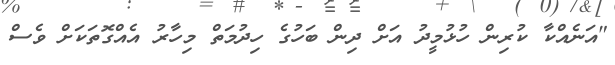
"އަނެއްކާ ކުރިން ހުޅުމީދު އަށް ދިން ބަހުގެ ހިދުމަތް މިހާރު އެއްގޮތަކަށް ވެސް